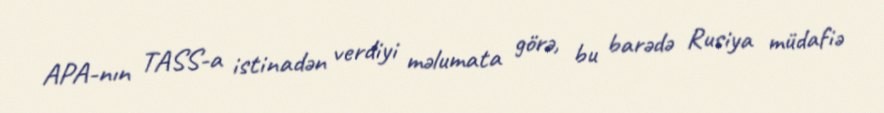
APA-nın TASS-a istinadən verdiyi məlumata görə, bu barədə Rusiya müdafiə